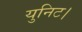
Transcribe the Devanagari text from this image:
युनिट।